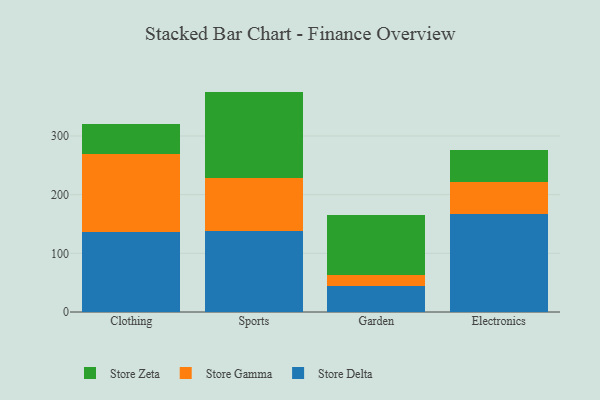
{"axis": {"x": "Category", "y": "Budget (USD K)"}, "legend": ["Store Delta", "Store Gamma", "Store Zeta"], "data": [{"x": "Clothing", "y": 135.7, "type": "Store Delta"}, {"x": "Clothing", "y": 133.0, "type": "Store Gamma"}, {"x": "Clothing", "y": 51.2, "type": "Store Zeta"}, {"x": "Sports", "y": 137.4, "type": "Store Delta"}, {"x": "Sports", "y": 90.6, "type": "Store Gamma"}, {"x": "Sports", "y": 147.7, "type": "Store Zeta"}, {"x": "Garden", "y": 43.9, "type": "Store Delta"}, {"x": "Garden", "y": 19.3, "type": "Store Gamma"}, {"x": "Garden", "y": 101.6, "type": "Store Zeta"}, {"x": "Electronics", "y": 167.4, "type": "Store Delta"}, {"x": "Electronics", "y": 54.4, "type": "Store Gamma"}, {"x": "Electronics", "y": 54.8, "type": "Store Zeta"}]}